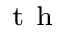
^ \mathrm { ~ t ~ h ~ }